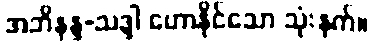
အဘိနန္ဒ-သဒ္ဒါ ဟောနိုင်သော သုံးနက်။